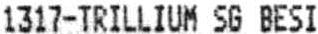
1317-TRILLIUM SG BESI